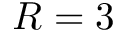
R = 3